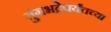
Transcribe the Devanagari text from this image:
तुंगभद्रेपर्यंतच्या